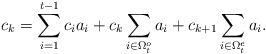
\begin{align*}c_k=\sum_{i=1}^{t-1}c_ia_i+c_{k}\sum_{i\in \Omega_t^o}a_i+c_{k+1}\sum_{i\in \Omega_t^e}a_i.\end{align*}